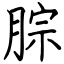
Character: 腙